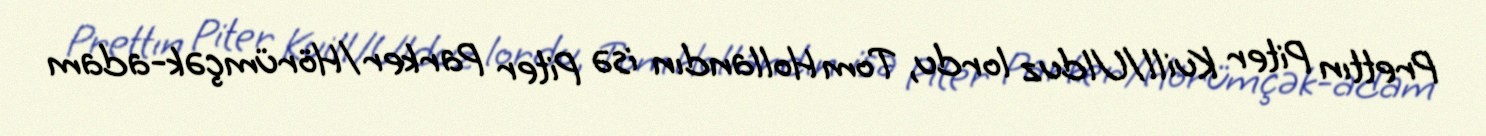
Prettın Piter Kuill/Ulduz lordu, Tom Hollandın isə Piter Parker/Hörümçək-adam